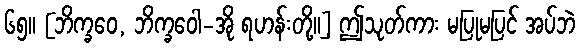
၆၅။ [ဘိက္ခဝေ, ဘိက္ခဝေါ-အို ရဟန်းတို့။] ဤသုတ်ကား မပြုမပြင် အပ်ဘဲ